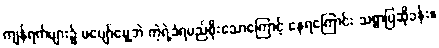
ကျန်ရက်များ၌ မပျော်မွေ့ဘဲ ကဲ့ရဲ့ခံရမည်စိုးသောကြောင့် နေရကြောင်း သစ္စာပြဆိုခန်း။